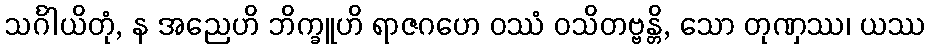
သင်္ဂါယိတုံ, န အညေဟိ ဘိက္ခူဟိ ရာဇဂဟေ ဝဿံ ဝသိတဗ္ဗန္တိ, သော တုဏှဿ၊ ယဿ